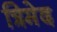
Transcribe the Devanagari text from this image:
त्रिमेद